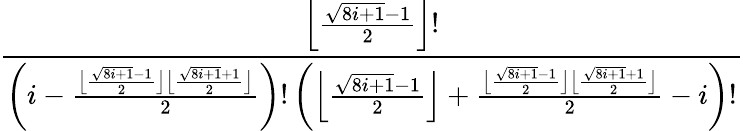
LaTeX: \frac{\Big\lfloor\frac{\sqrt{8i+1}-1}{2}\Big\rfloor!}{\left(i-\frac{\big\lfloor\frac{\sqrt{8i+1}-1}{2}\big\rfloor\big\lfloor\frac{\sqrt{8i+1}+1}{2}\big\rfloor}{2}\right)!\left(\Big\lfloor\frac{\sqrt{8i+1}-1}{2}\Big\rfloor+\frac{\big\lfloor\frac{\sqrt{8i+1}-1}{2}\big\rfloor\big\lfloor\frac{\sqrt{8i+1}+1}{2}\big\rfloor}{2}-i\right)!}